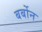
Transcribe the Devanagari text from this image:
बर्बोन